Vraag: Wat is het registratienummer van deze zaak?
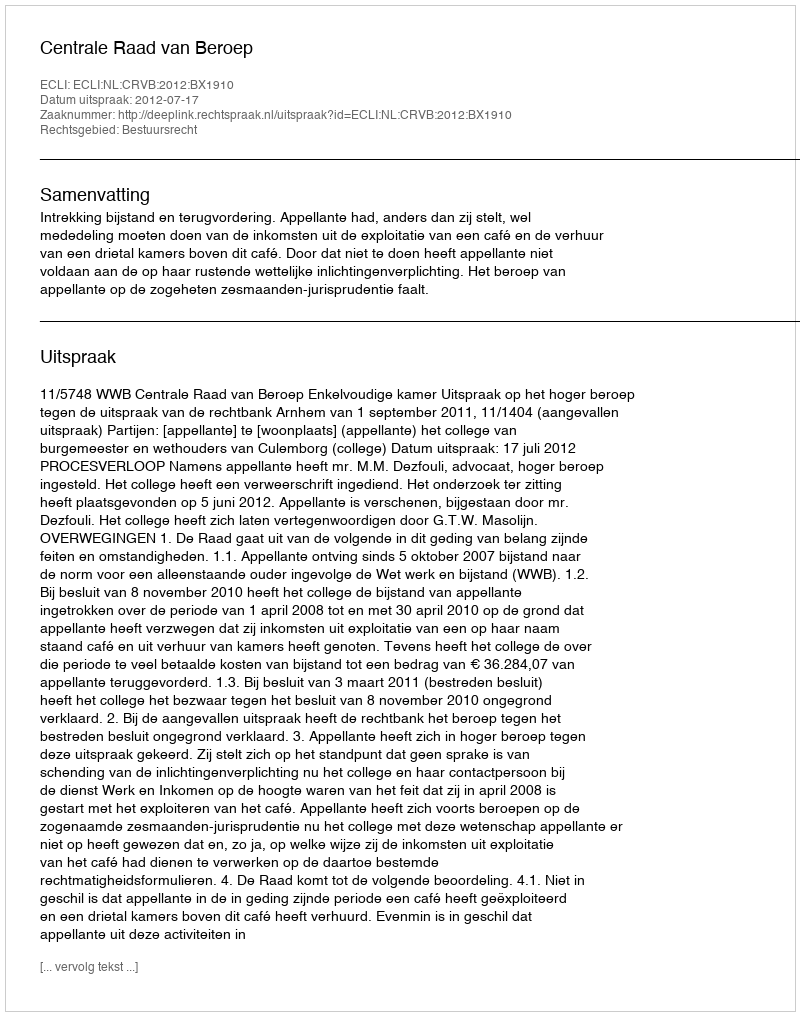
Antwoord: http://deeplink.rechtspraak.nl/uitspraak?id=ECLI:NL:CRVB:2012:BX1910